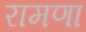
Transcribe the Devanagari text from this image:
रामणा